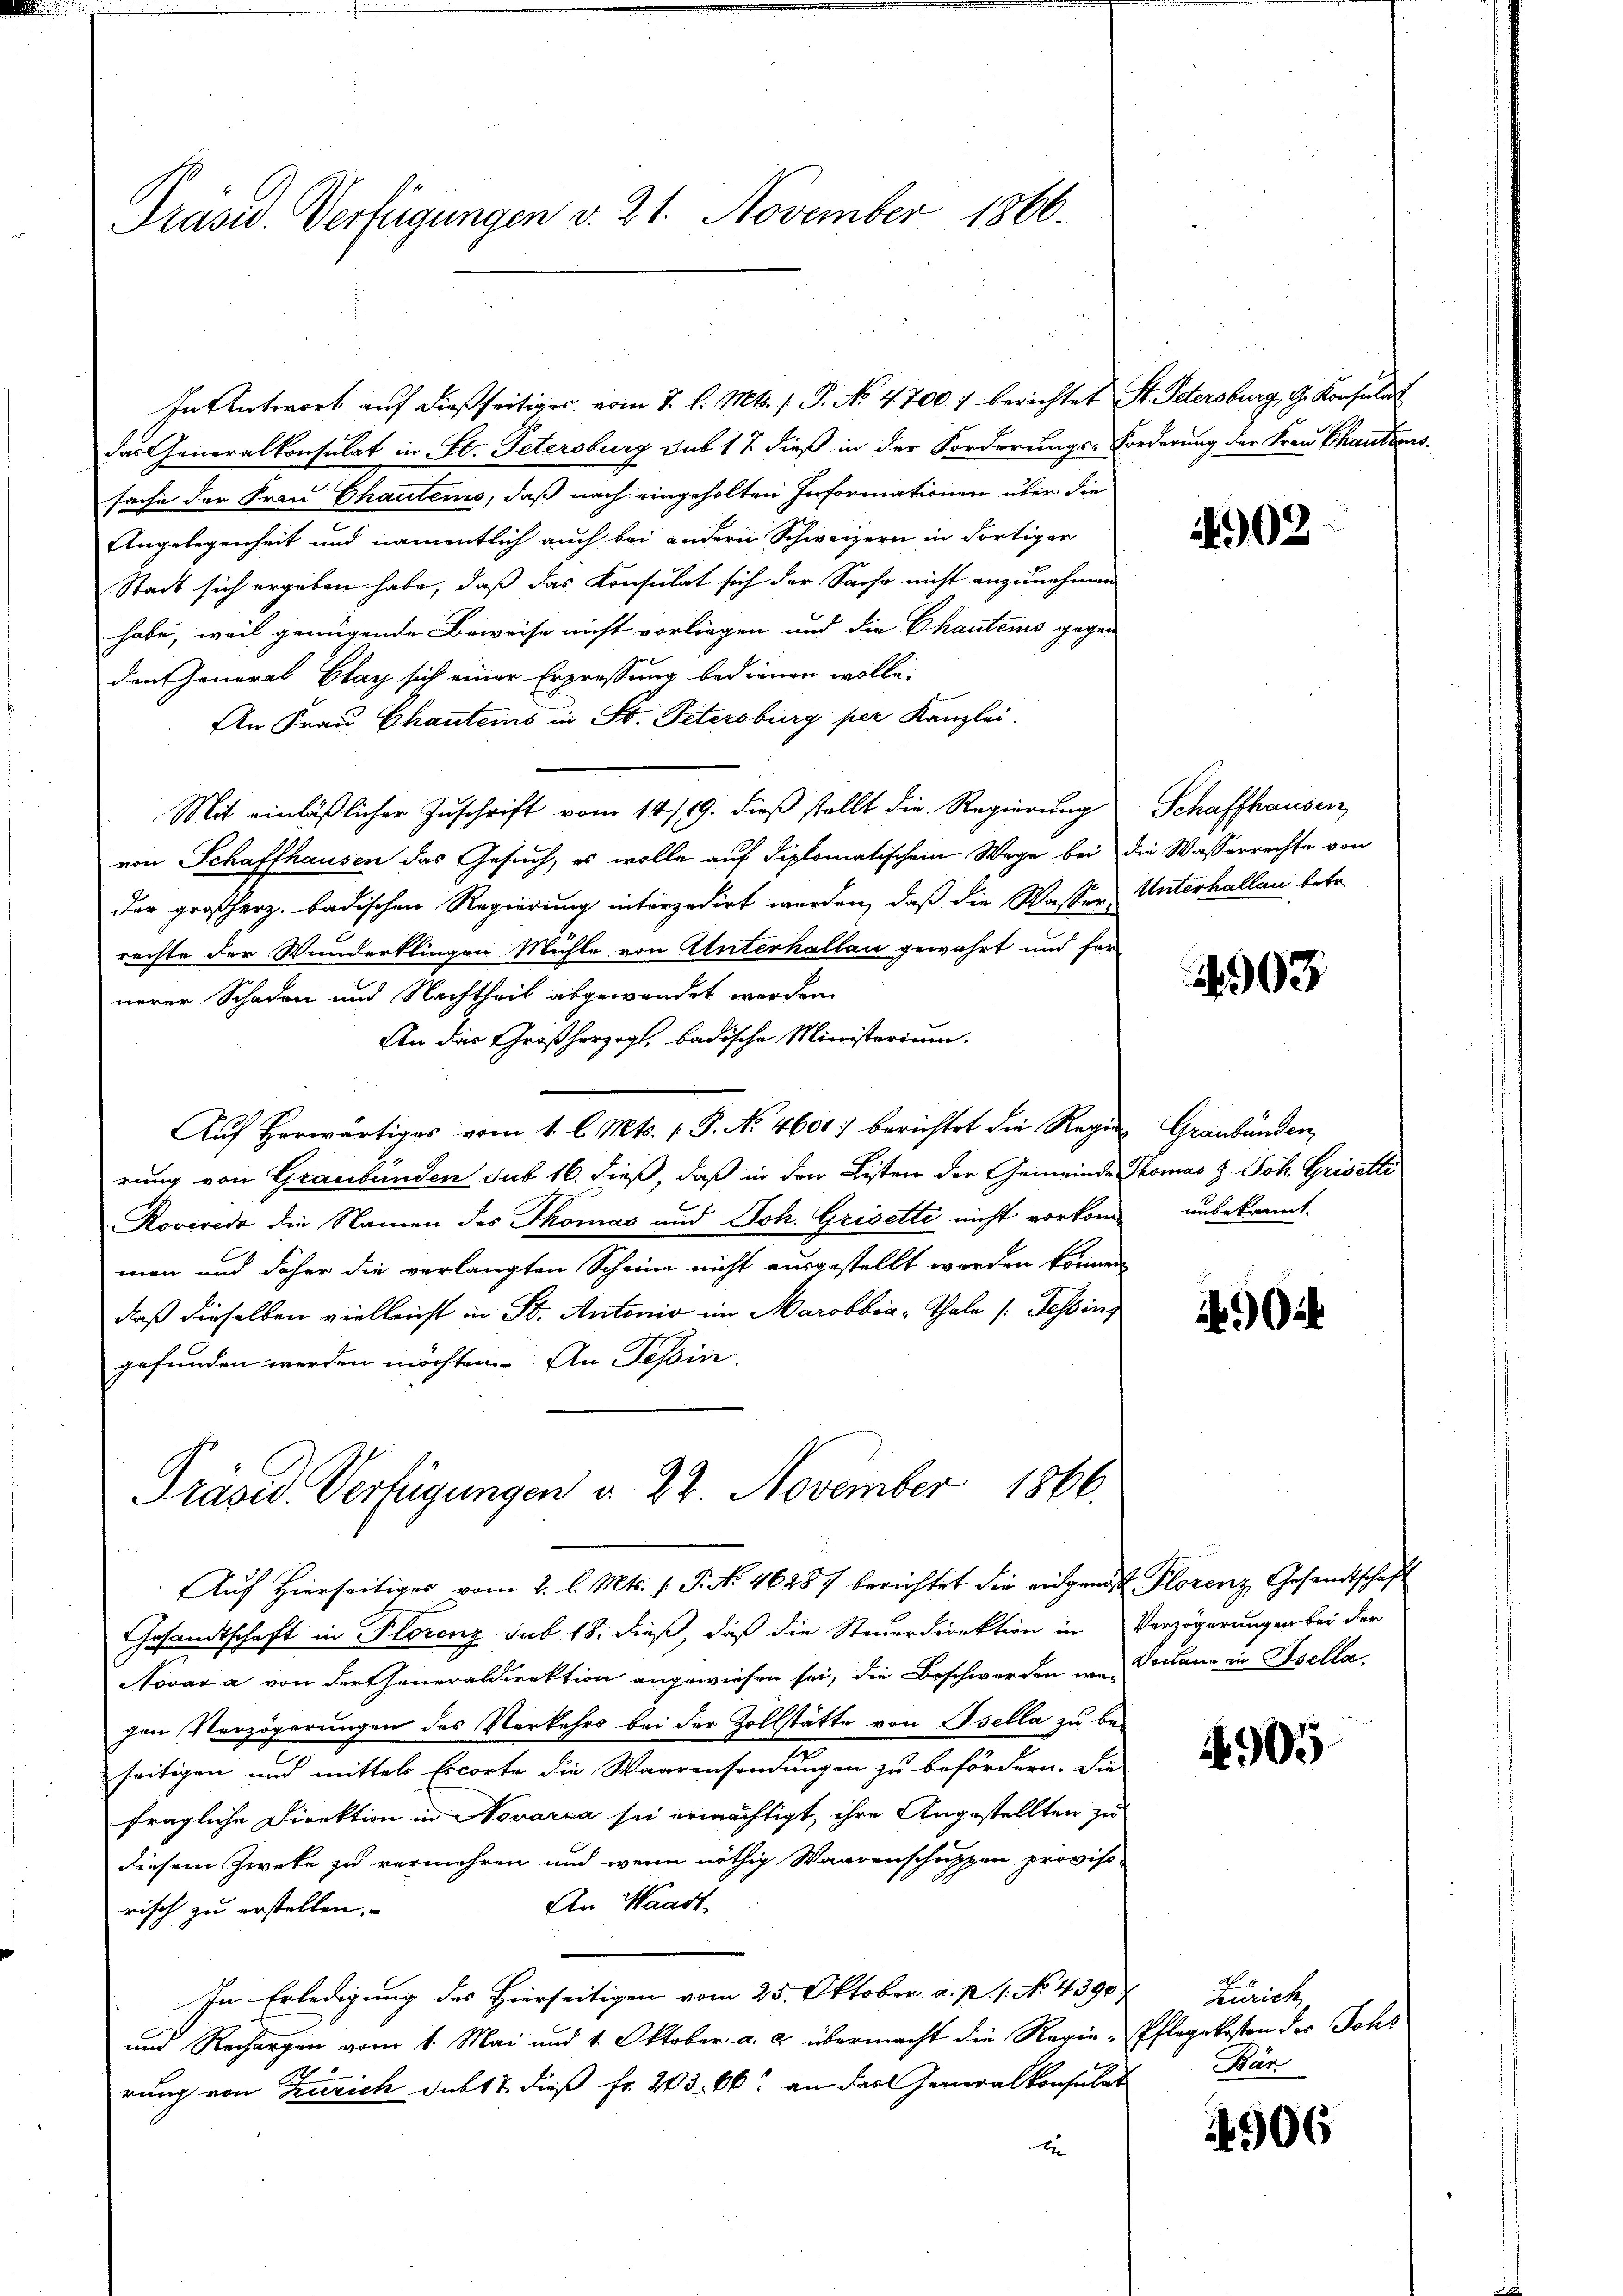
Präsid. Verfügungen v. 21. November 1866.

In Antwort auf dießseitiges vom 7. l. Mts. f. P. No 4700 : berichtet St. Petersburg, G. Konsulat
das Generalkonsulat in St. Petersburg sub 17 dieß in der Forderungs-Forderung der Frau Chautionssache der Frau Chautems, daß nach eingeholten Informationen über die
Angelegenheit und namentlich auch bei andern Schweizern in dortiger
Stadt sich ergeben habe, daß das Konsulat sich der Sache nicht anzunehmen
habe, weil genügende Beweise nicht vorliegen und die Chauteins gegen
den General Glay sich einer Erpressung bedienen wolle.
An Frau Chauteins in St. Petersburg per Kanzlei.
Mit einläßlicher Zuschrift vom 14/19. dieß stellt die Regierung
von Schaffhausen das Gesuch, es wolle auf diplomatischem Wege bei die Wasserrechte von
der großherz. badischen Regierung interzedirt werden, daß die Wasser-
rechte der Wunderklingen Mühle von Unterhallau gewahrt und fer
nerer Schaden und Nachtheil abgewendet werden.
An das Großherzogt, badische Ministerium.
Auf Horwärtiges vom 1. l. Mts. 1 P. No 4601) berichtet die Regen Graubünden
rung von Graubünden sub 16. dieß, daß in der Lister der Gemeinde Thomas z. Joh. Gristli
Roveredo die Namen des Thomas und Joh. Grisette nicht vorkom unbekannt.
man und daher die verlangten Scheine nicht ausgestellt werden können
daß dieselben vielleicht in St. Antonio im Marobbia - Thale (Tessing
gefunden werden möchten. An Tessin.
Präved Verfügungen d. 22. November 1866.
Auf Hierseitiges vom 2. l. Mts. v. P. No 46287 berichtet die eidgenoß Plorenz Gesandtschaft
Gesandtschaft in Florenz sub. 18. dieß, daß die Steuerdirektion in Verzögerungen bei der
Novara von der theueraldirektion angewiesen sei, die Beschwerden werde an in Isella
gen Verzögerungen des Verkehrs bei der Zollstätte von Esella zu be-
seitigen und mittels Excorte die Waarensendungen zu befördern. Die
fragliche Direktion in Novarza sei ermächtigt, ihre Angestellten zu
diesem Zweke zu vermehren und wenn nöthig Waarenschuppen proviso¬
An Waadt
risch zu erstellen.
In Erledigung des Hierseitigen vom 25. Oktober a. p. 1. No. 4390/
und Rechargen vom 1. Mai und 1. Oktober a. c. übermacht die Regierung von Zürich das 12 dieß fr. 203. 66. an das Generalkonsulat
x

1902.

Schaffhausen,
Unterhallen betr.

903

4904

4905

Zürich,
Pflegekosten der Johs
Bär

4906